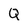
Character: Q